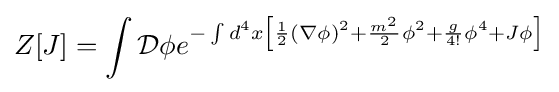
Z[J]=\int {\mathcal {D}}\phi e^{-\int d^{4}x\left[{1 \over 2}(\nabla \phi )^{2}+{m^{2} \over 2}\phi ^{2}+{g \over 4!}\phi ^{4}+J\phi \right]}